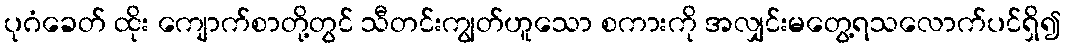
ပုဂံခေတ် ထိုး ကျောက်စာတို့တွင် သီတင်းကျွတ်ဟူသော စကားကို အလျှင်းမတွေ့ရသလောက်ပင်ရှိ၍